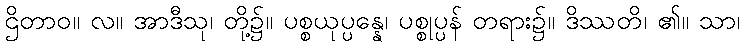
ဌိတာဝ။ လ။ အာဒီသု၊ တို့၌။ ပစ္စယုပ္ပန္နေ၊ ပစ္စုပ္ပန် တရား၌။ ဒိဿတိ၊ ၏။ သာ၊